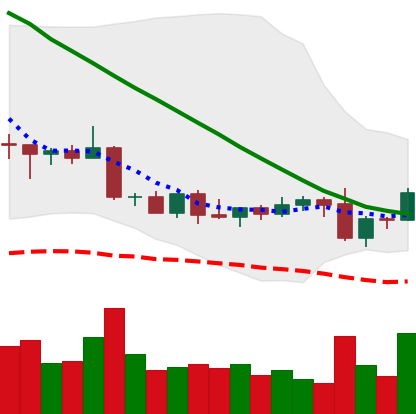
Ticker: DOGE-USD
Chart end date: 2022-09-09
Forward return: -4.444%
Label: down_3_5